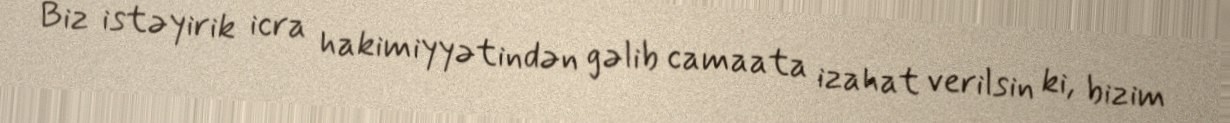
Biz istəyirik icra hakimiyyətindən gəlib camaata izahat verilsin ki, bizim